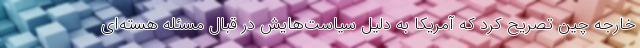
خارجه چین تصریح کرد که آمریکا به دلیل سیاست‌هایش در قبال مسئله هسته‌ای